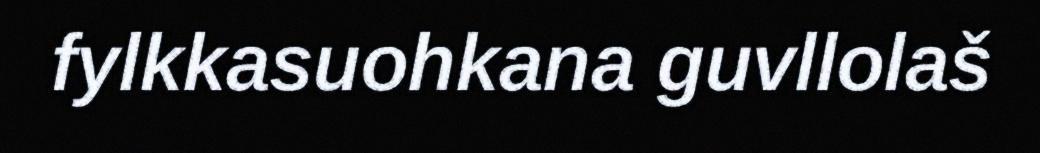
fylkkasuohkana guvllolaš